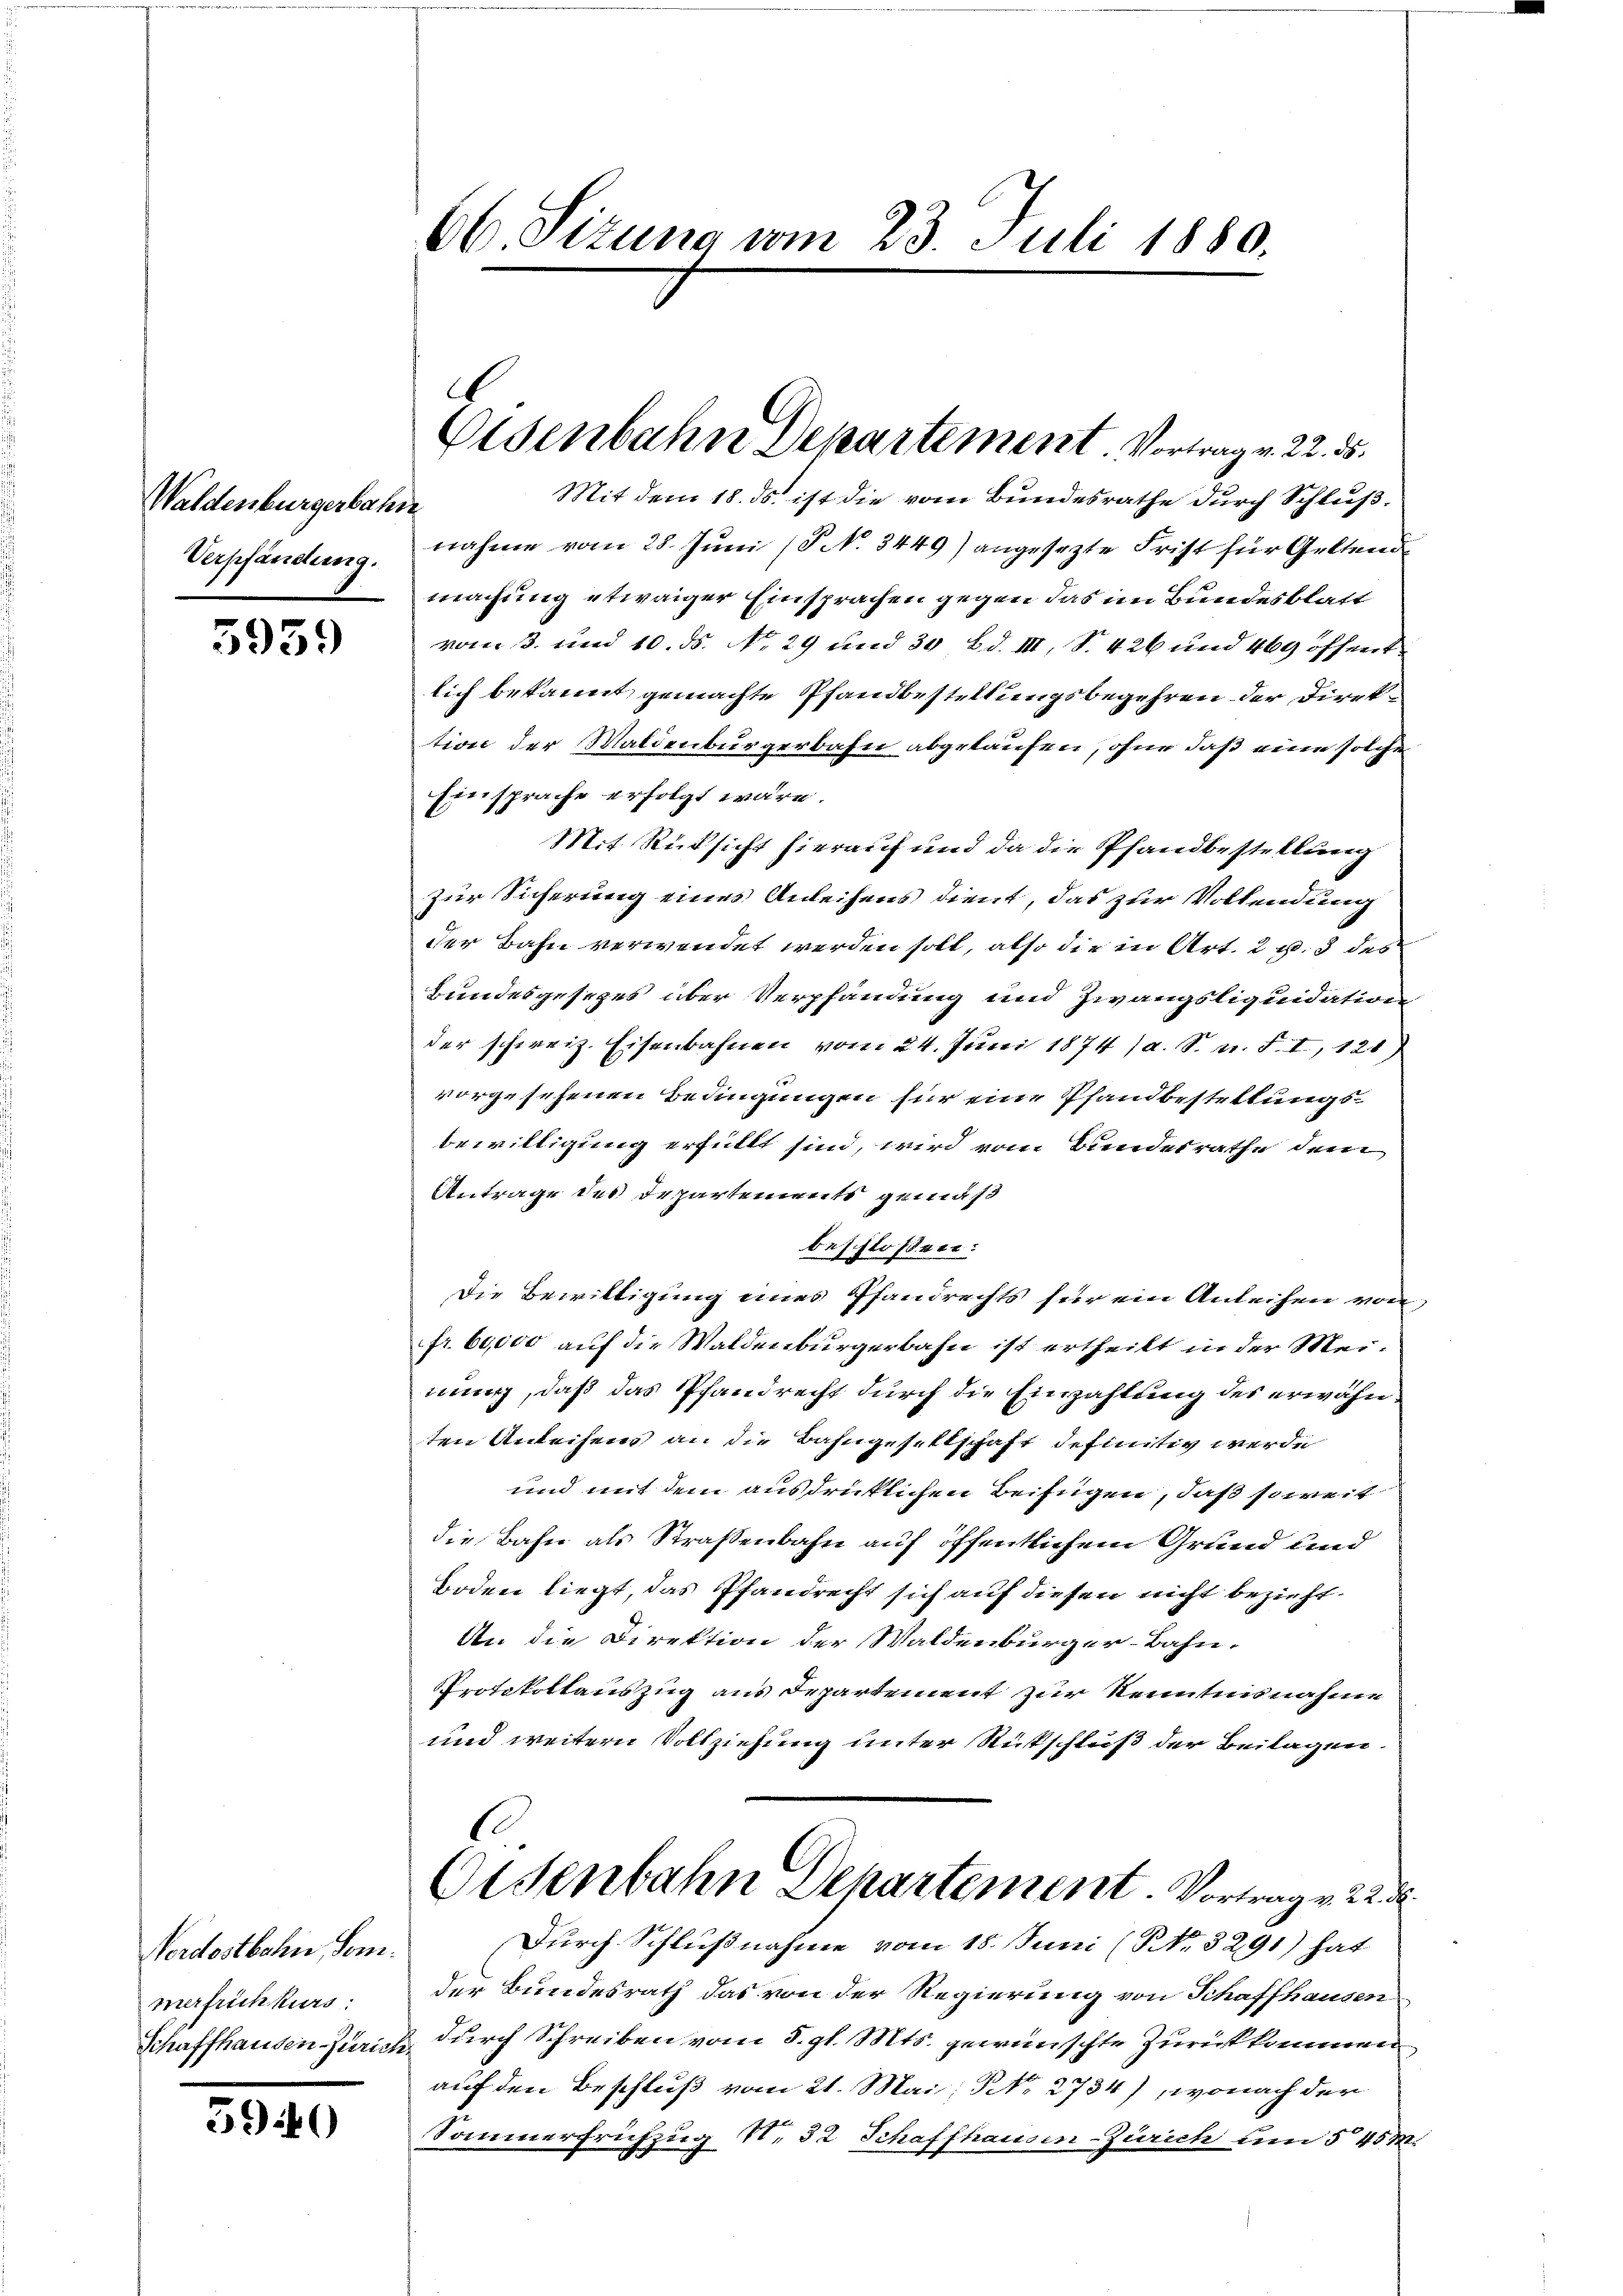
5959

5940

66 Sizung vom 23. Juli 1880.

Waldenburgerbahn
Verpfändung.

Nordostbahn, Sem.
merfrüchkurs:

Mit dem 18. ds. ist die vom Bundesrathe durch Schlußnahme vom 28. Juni (P No. 3449) angesezte Frist für Geltend
machung etwaiger Einsprachen gegen das im Bundesblatt
vom 3. und 10. ds. No. 29 und 30 Bd. III, S. 426 und 469 öffent
lich bekannt gemachte Pfandbestellungsbegehren der Direktion der Maldenburgerbahn abgelaufen, ohne daß eine solche
Einsprache erfolgt wäre.
Mit Rücksicht hierauf und da die Pfandbestellung
Zur Sicherung eines Anleihens dient, das zur Vollendung
der Bahn verwendet werden soll, also die in Art. 2 p. 3 des
Bundesgesezes über Verpfändung und Zwangsliquidation
der schweiz. Eisenbahnen vom 24. Juni 1874 (a. S. n. F. I, 121)
vorgesehenen Bedingungen für eine Pfandbestellungsbewilligung erfüllt sind, wird vom Bundesrathe dem
Antrage des Departements gemäß
beschloßen:
Die Bewilligung eines Pfandrechts für ein Anleihen von
fr. 60,000 auf die Waldenburgerbahn ist ertheilt in der Meinung, daß das Pfandrecht durch die Einzahlung des erwähnten Anleihens an die Bahngesellschaft definitiv werde
und mit dem ausdrücklichen Beifügen, daß soweit
die Bahn als Straßenbahn auf öffentlichem Grund und
Boden liegt, das Pfandrecht sich auf diesen nicht bezieht.
An die Direktion der Waldenburger-Bahn-
Protokollauszug aus Departement zur Kenntnisnahme
und weitern Vollziehung unter Rutschluß der Beilagen.
Osenbahn Departement. Vortrag v. 22. d.
Durch Schlußnahme vom 18. Juni (NNo. 3291) hat
der Bundesrath das von der Regierung von Schaffhausen
Schaffhausen Zürich durch Schreiben vom 5. gl. Mts. gewünschte Zurückkommen
auf den Beschluß vom 21. Mai, No 2734), wonach der
Sanenerfrühzug N. 32 Schaffhausen-Zürich um § 45 M.

Eisenbahn Departement Vortrag v. 22. ds.